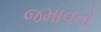
જમાવતો